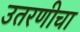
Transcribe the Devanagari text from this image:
उतरणीचा